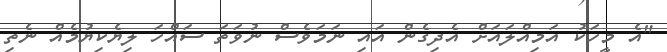
"އެ މީހަކު އަމިއްލައަށް އެދިގެން އައި ނަމަވެސް ނުވަތަ ސައްހަ ލިޔެކިޔުމެއް ނެތި